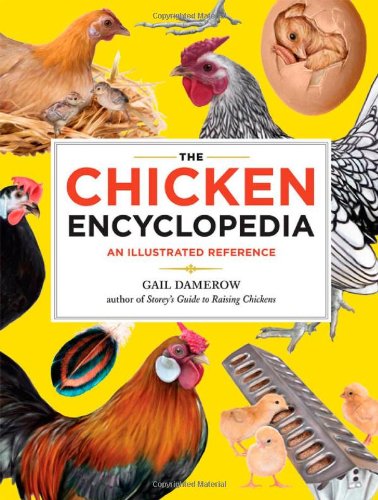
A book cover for The Chicken Encyclopedia: An Illustrated Reference; Gail Damerow; Science & Math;